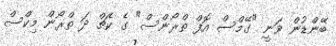
ބޭންޑުން ވަނީ "ގޭމްސް އޮފް ތްރޯންސް" ގެ ކެޗް ދަ ތްރޯން މިކްސް